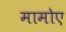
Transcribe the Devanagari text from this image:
मामोए